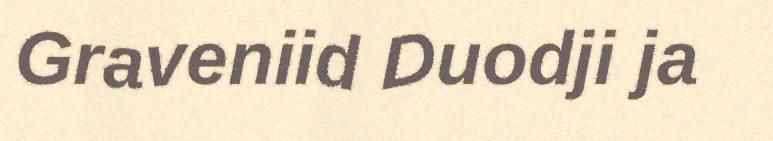
Graveniid Duodji ja